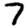
Digit: 7